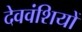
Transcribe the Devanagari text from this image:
देववंशियों